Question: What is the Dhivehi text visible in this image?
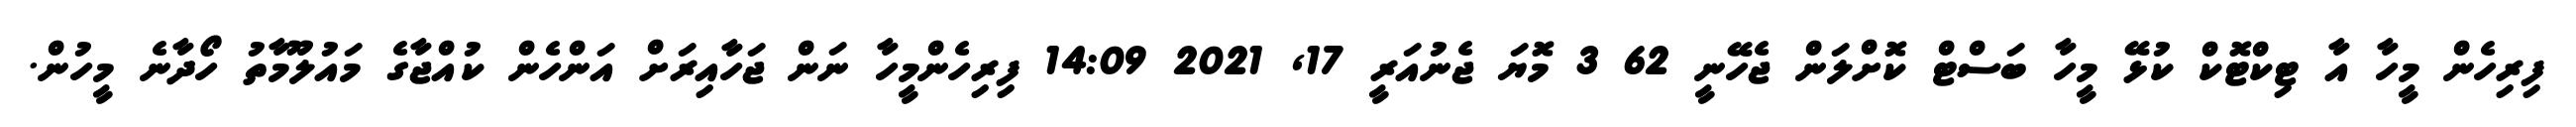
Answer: ފިރިހެން މީހާ އާ ޓިކްޓޮކް ކުޅޭ މީހާ ބަސްޓް ކޮށްލަން ޖެހޭނީ 62 3 މޮޔަ ޖެނުއަރީ 17, 2021 14:09 ފިރިހެންމީހާ ނަން ޖަހާއިރަށް އަންހެން ކުއްޖާގެ މައުލޫމާތު ހޯދާނެ މީހުން.